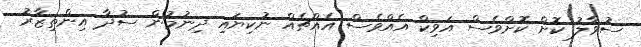
ސުވާލު ކޮށް ކޮށްވެސް އަވިކް އެއްްވެސް އެއްޗެއް ނުކިޔައި ދިނުމުން ސުދާ އިންތިޒާރު